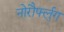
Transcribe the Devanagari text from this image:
नोरौर्फ्लुग